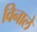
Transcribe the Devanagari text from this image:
विनाले